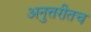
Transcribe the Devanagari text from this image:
अनुत्तरीतच